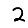
Digit: 2